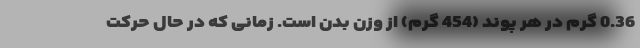
0.36 گرم در هر پوند (454 گرم) از وزن بدن است. زمانی که در حال حرکت